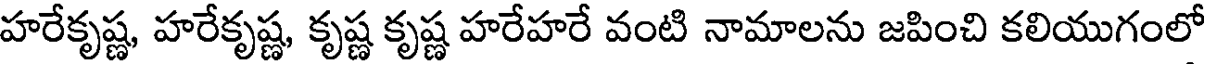
హరేకృష్ణ, హరేకృష్ణ, కృష్ణ కృష్ణ హరేహరే వంటి నామాలను జపించి కలియుగంలో